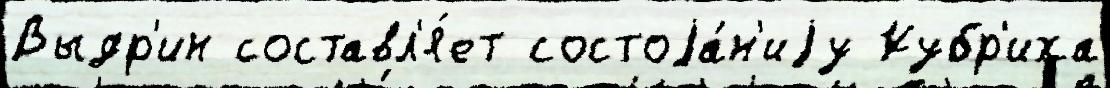
Выдр'ин составл'я́ет состоjа́н'иjу Кубр'иха